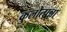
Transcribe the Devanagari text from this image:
कुलोत्पन्ना